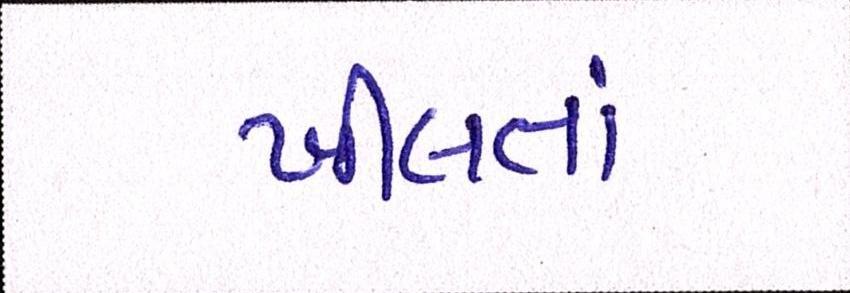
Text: ખીલતાં